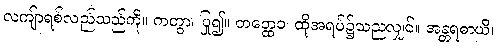
လကျ်ာရစ်လည်သည်ကို။ ကတွာ၊ ပြု၍။ တတ္ထေဝ၊ ထိုအရပ်၌သညလျှင်။ အန္တရဓာယိ၊